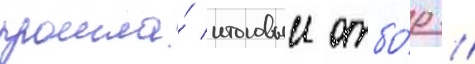
прошла́ итоговыи отбо́р //